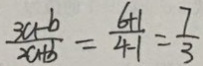
\frac { 3 a - b } { 2 a + b } = \frac { 6 + 1 } { 4 - 1 } = \frac { 7 } { 3 }